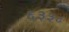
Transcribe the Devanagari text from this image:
६३३८